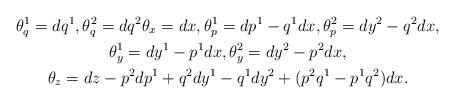
LaTeX: \begin{gather*}\theta^1_q= dq^1, \theta^2_q= dq^2\theta_x = dx, \theta_p^1 =dp^1 - q^1 dx, \theta_p^2= dy^2 - q^2 dx, \\\theta^1_y = dy^1 - p^1dx, \theta^2_y = dy^2 -p^2dx, \\\theta_z = dz - p^2dp^1 +q^2dy^1 - q^1 dy^2 +(p^2q^1 - p^1q^2)dx.\end{gather*}